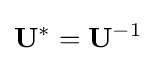
\mathbf {U} ^{*}=\mathbf {U} ^{-1}